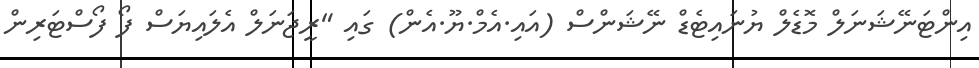
އިންޓަނޭޝަނަލް މޮޑެލް ޔުނައިޓެޑް ނޭޝަންސް (އައި.އެމް.ޔޫ.އެން) ގައި "ރީޖަނަލް އެލައިޔަސް ފޯ ފޯސްޓަރިން